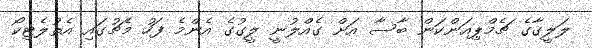
ލަލީގާގެ ޗެމްޕިއަންކަން ބާސާ އަށް ގެއްލުނީ ލީގުގެ އެންމެ ފަހު މެޗުގައި އެތުލެޓިކޯ